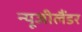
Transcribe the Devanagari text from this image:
न्यूजीलैंडर